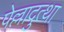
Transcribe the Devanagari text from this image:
पेल्लादुत्था